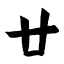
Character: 廿